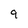
Character: 9